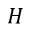
H